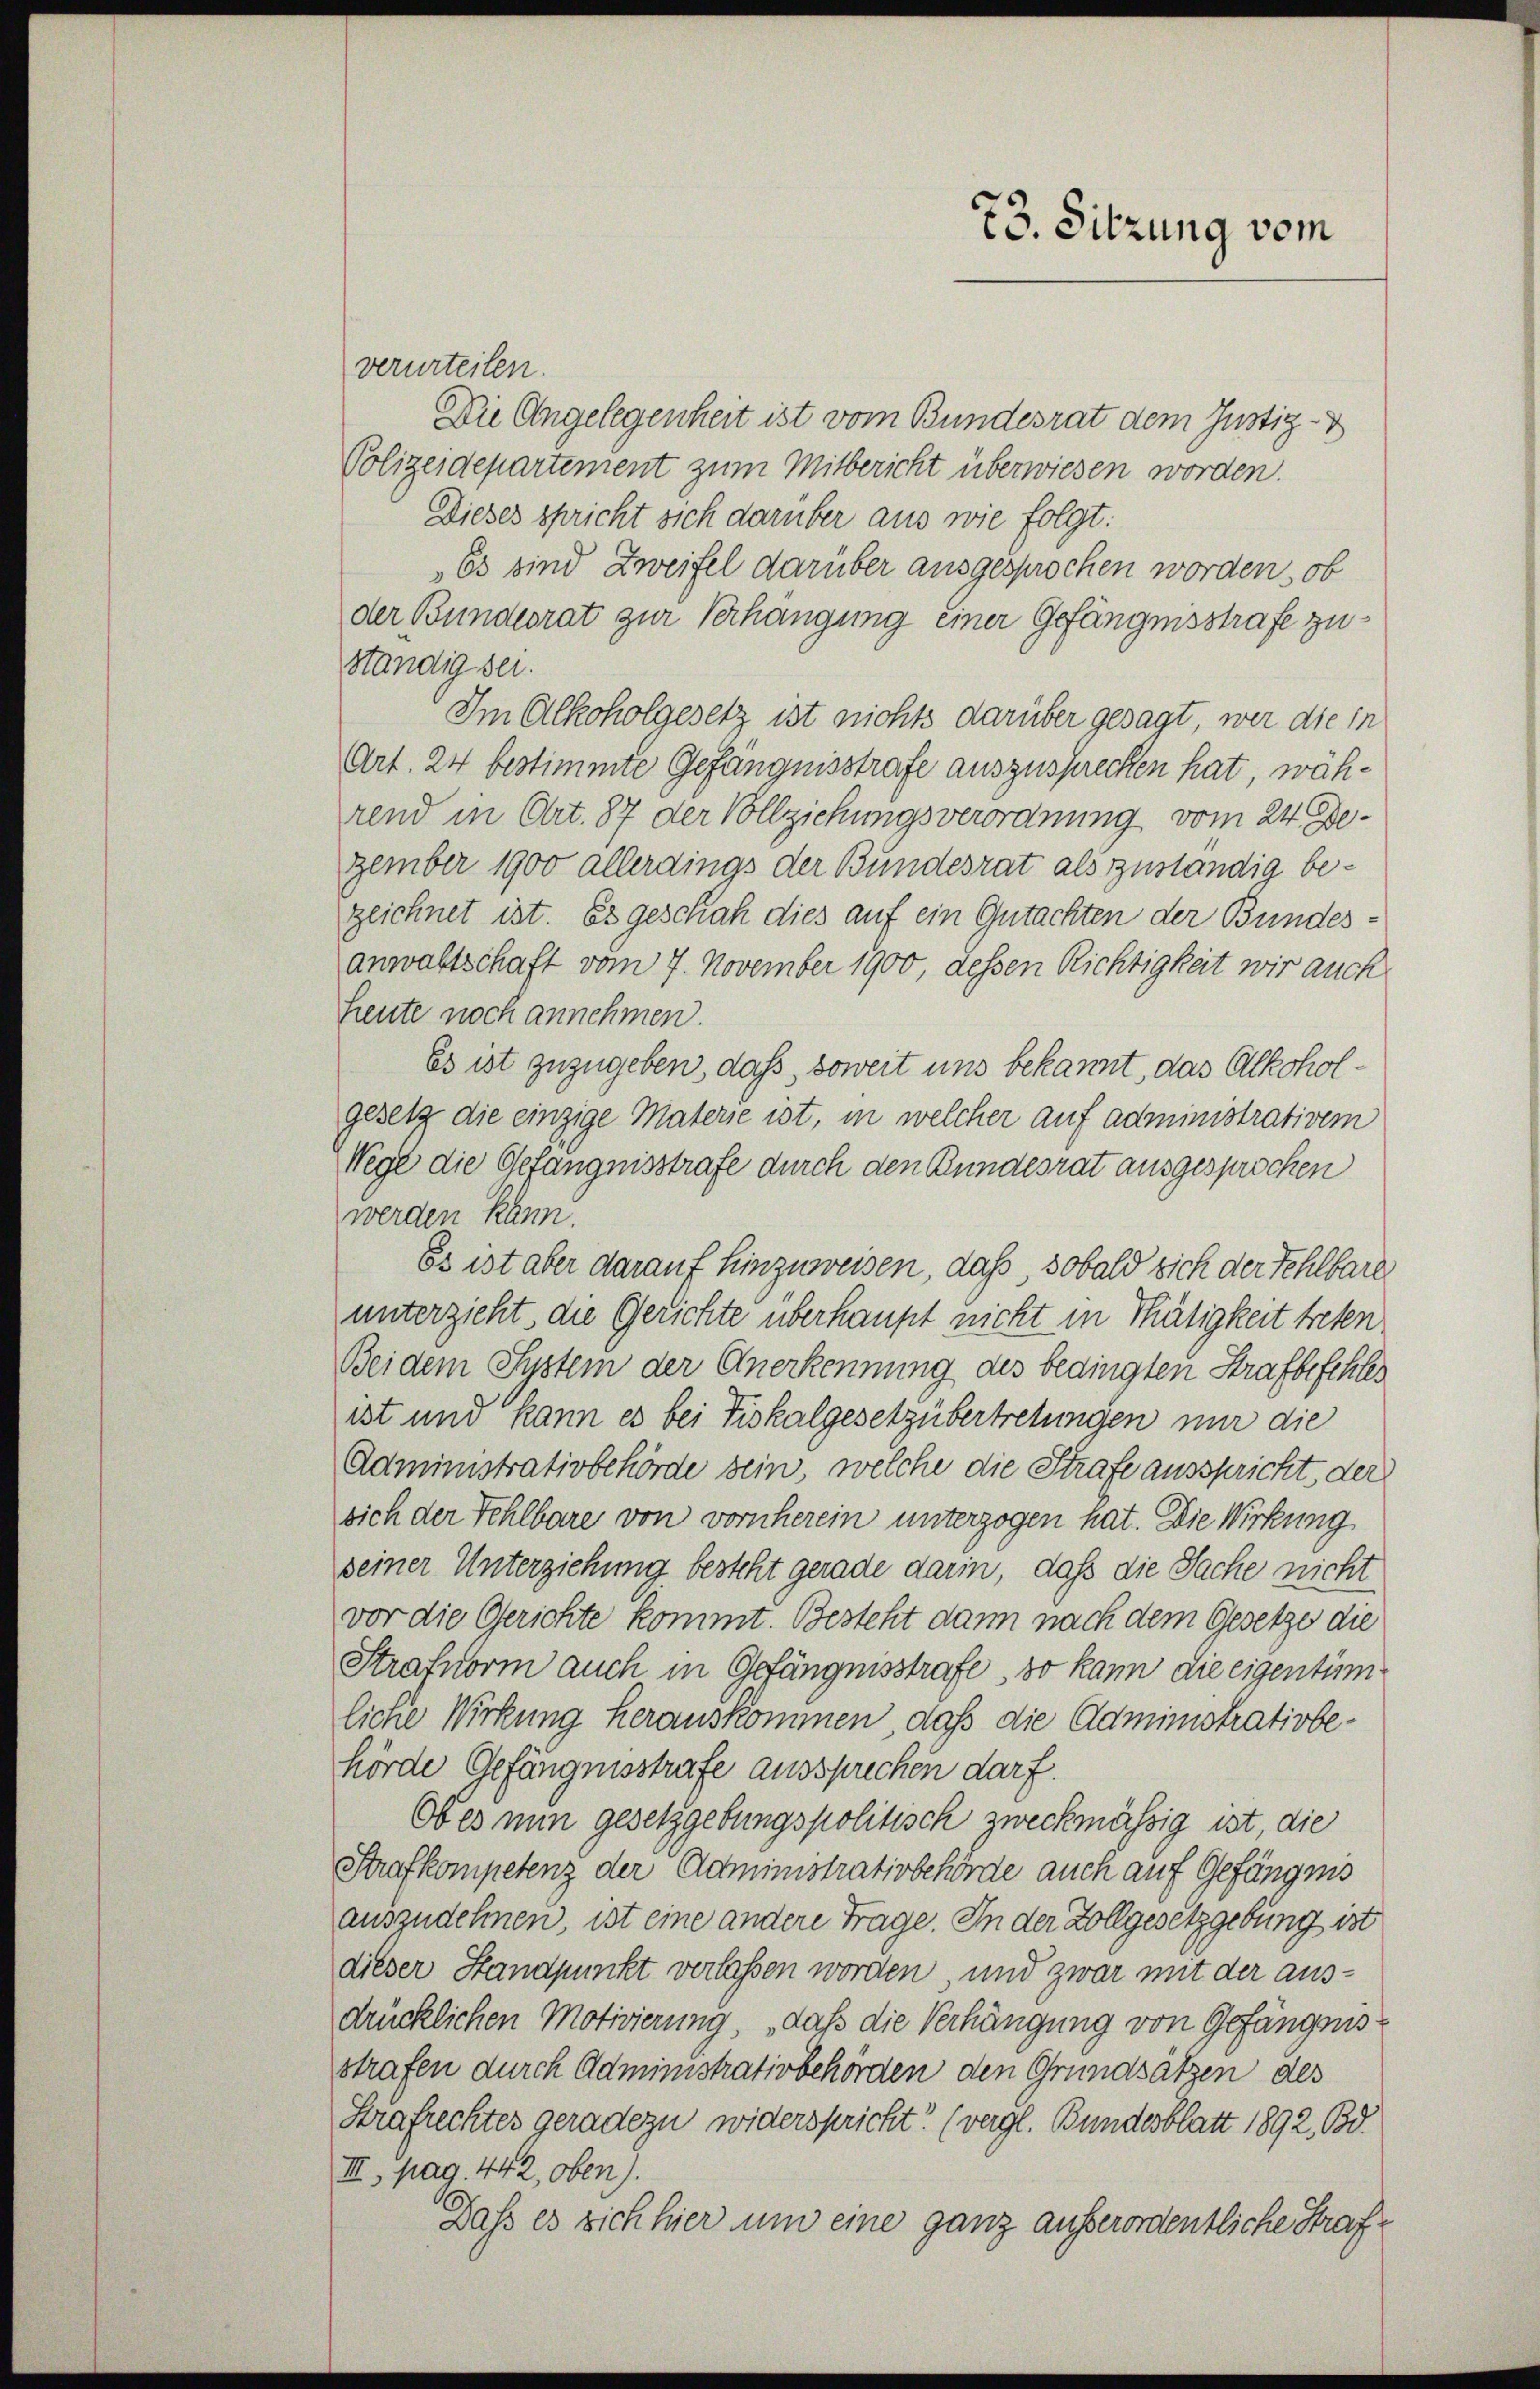
73. Sitzung vom

verurteilen.
Die Angelegenheit ist vom Bundesrat dem Justiz-
Polizeidepartement zum Mitbericht überwiesen worden.
Dieses spricht sich darüber aus wie folgt:
„Es sind Zweifel darüber ausgesprochen worden, ob
der Bundesrat zur Verhängung einer Gefängnisstrafe zuständig sei.
Im Alkoholgesetz ist nichts darüber gesagt, wer die in
Art. 24 bestimmte Gefängnisstrafe auszusprechen hat, während in Art. 87 der Vollziehungsverordnung vom 24. Dezember 1900 allerdings der Bundesrat als zuständig bezeichnet ist. Es geschah dies auf ein Gutachten der Bundesanwaltschaft vom 7. November 1900, dessen Richtigkeit wir auch
heute noch annehmen.
Es ist zuzugeben, daß, soweit uns bekannt, das Alkoholgesetz die einzige Materie ist, in welcher auf administrativem
Wege die Gefängnisstrafe durch den Bundesrat ausgesprochen
werden kann.
Es ist aber darauf hinzuweisen, daß, sobald sich der Fehlbare
unterzieht, die Gerichte überhaupt nicht in Thätigkeit treten.
Bei dem System der Anerkennung des bedingten Strafbefchles
ist und kann es bei Fiskalgesetzübertretungen nur die
Administrativbehörde sein, welche die Strafe ausspricht, der
sich der Fehlbare von vornherein unterzogen hat. Die Wirkung
seiner Unterziehung besteht gerade darin, daß die Sache nicht
vor die Gerichte kommt. Besteht dann nach dem Gesetze die
Strafnorm auch in Gefängnisstrafe, so kann die eigentüm
liche Wirkung herauskommen, daß die Administrativbehörde Gefängnisstrafe aussprechen darf.
Ob es nun gesetzgebungspolitisch zweckmässig ist, die
Strafkompetenz der Administrativbehörde auch auf Gefängnis
auszudehnen, ist eine andere Frage. In der Zollgesetzgebung ist
dieser Standpunkt verlassen worden, und zwar mit der ausdrücklichen Motivierung, daß die Verhängung von Gefängensstrafen durch Administrativbehörden den Grundsätzen des
Strafrechtes geradezu widerspricht? (vergl. Bundesblatt 1892, Bd.
III. pag. 442, oben).
Daß es sich hier um eine ganz außerordentliche Straf¬